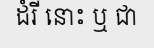
ដំរី នោះ ឬ ជា